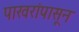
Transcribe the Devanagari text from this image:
पाखरांपासून